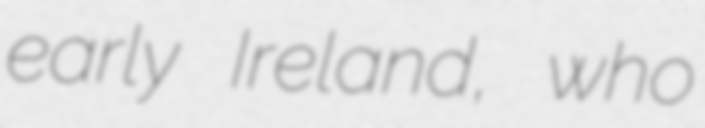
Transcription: early Ireland, who